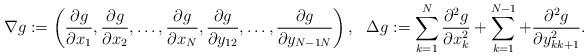
LaTeX: \begin{align*}\nabla g :=\left(\frac{\partial g}{\partial x_{1}},\frac{\partial g}{\partial x_{2}},\dots,\frac{\partial g}{\partial x_{N}},\frac{\partial g}{\partial y_{12}},\dots,\frac{\partial g}{\partial y_{N-1 N}}\right),\ \ \Delta g:=\sum_{k=1}^N\frac{\partial^2 g}{\partial x_{k}^2}+\sum_{k=1}^{N-1}+\frac{\partial^2 g}{\partial y_{kk+1}^2}.\end{align*}